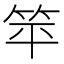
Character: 𬔳